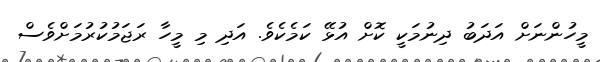
މީހުންނަށް އަދަބު ދިނުމަކީ ކޮށް އުޅޭ ކަމެކެވެ. އަދި މި މީހާ ރަޖަމުކުރުމަށްވެސް